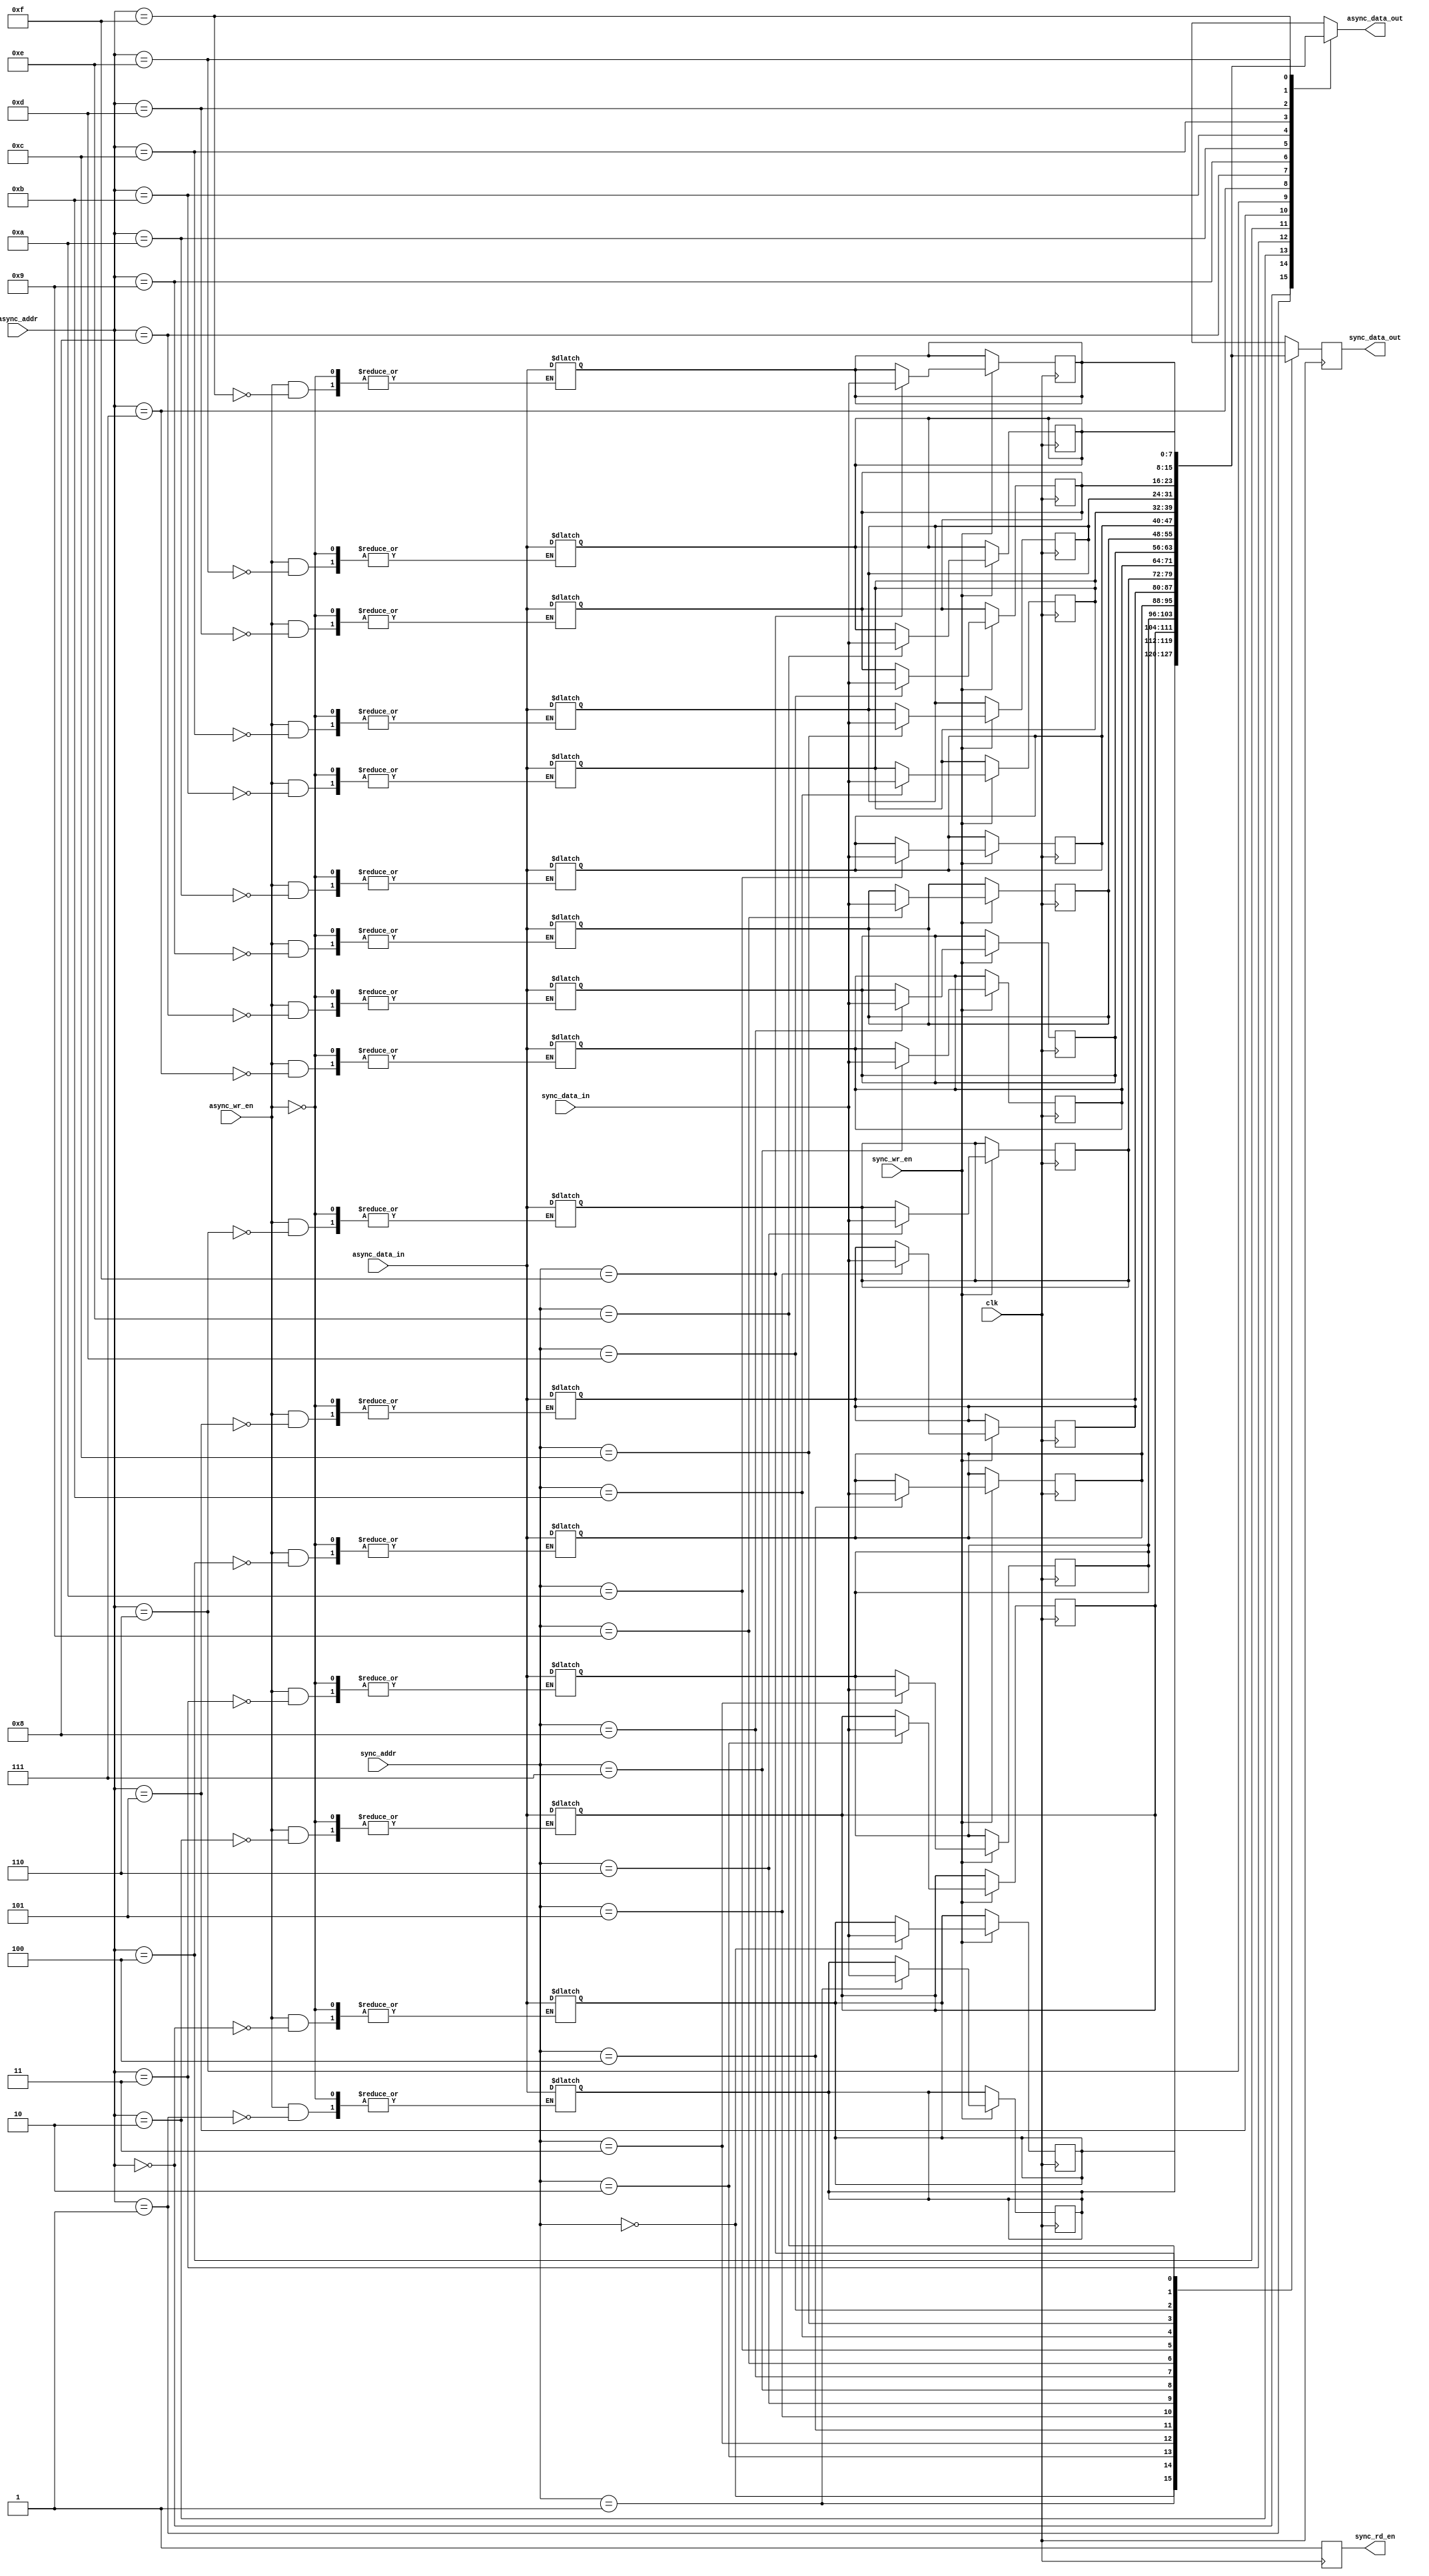
module dual_port_ram (
    input wire clk,
    input wire [7:0] sync_data_in,
    output reg [7:0] sync_data_out,
    input wire [3:0] sync_addr,
    input wire sync_wr_en,
    output reg sync_rd_en,
    input wire [7:0] async_data_in,
    output reg [7:0] async_data_out,
    input wire [3:0] async_addr,
    input wire async_wr_en
);

reg [7:0] mem [15:0];

always @(posedge clk) begin
    if (sync_wr_en) begin
        mem[sync_addr] <= sync_data_in;
    end
    sync_data_out <= mem[sync_addr];
    sync_rd_en <= 1;
end

always @(async_addr or async_wr_en or async_data_in) begin
    if (async_wr_en) begin
        mem[async_addr] <= async_data_in;
    end
    async_data_out <= mem[async_addr];
end

endmodule